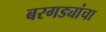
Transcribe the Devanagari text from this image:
बरगड्यांचा